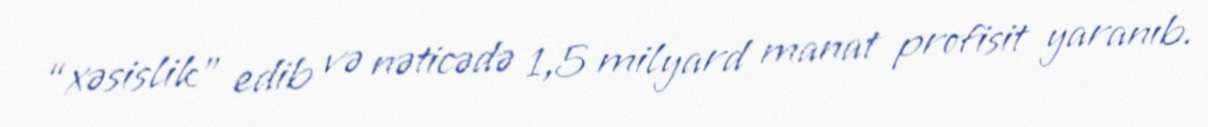
“xəsislik” edib və nəticədə 1,5 milyard manat profisit yaranıb.